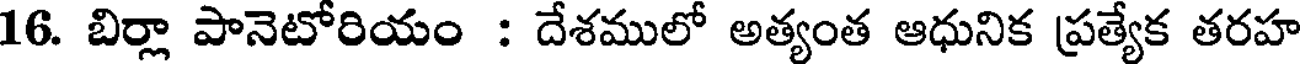
16. బిర్లా పానెటోరియం : దేశములో అత్యంత ఆధునిక ప్రత్యేక తరహ